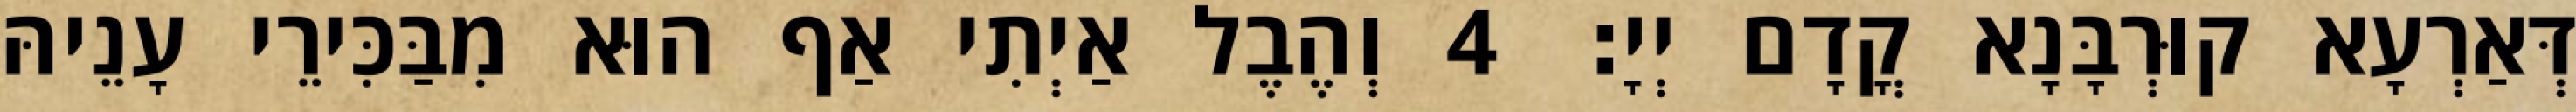
דְּאַרְעָא קוּרְבָּנָא קֳדָם יְיָ׃ 4 וְהֶבֶל אַיְתִי אַף הוּא מִבַּכִּירֵי עָנֵיהּ